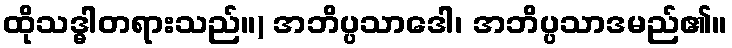
ထိုသဒ္ဓါတရားသည်။) အဘိပ္ပသာဒေါ၊ အဘိပ္ပသာဒမည်၏။